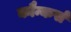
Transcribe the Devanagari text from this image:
कौन्कर्स